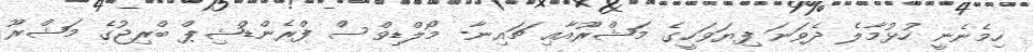
ހިމެނެނީ ހުޅުމާލެ ދެވަނަ ފިޔަވަހީގެ މަޝްރޫއާއި ޗައިނާ- މޯލްޑިވްސް ފްރެންޑްޝިޕް ބްރިޖުގެ މަޝްރޫ